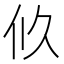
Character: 𠇉